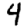
Digit: 4